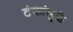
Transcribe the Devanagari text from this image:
टंकांमुळे